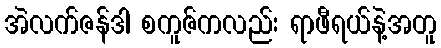
အဲလက်ဇန်ဒါ စကူဇ်ကလည်း ရာဖီရယ်နဲ့အတူ